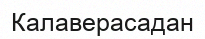
Калаверасадан